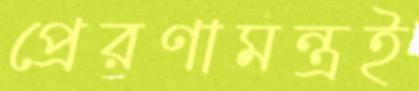
প্রেরণামন্ত্রই